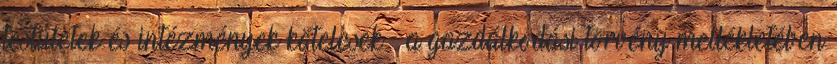
testületek és intézmények kötelesek – a gazdálkodási törvény mellékletében